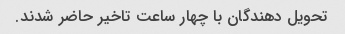
تحویل دهندگان با چهار ساعت تاخیر حاضر شدند.